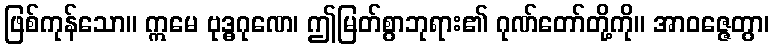
ဖြစ်ကုန်သော။ ဣမေ ဗုဒ္ဓဂုဏေ၊ ဤမြတ်စွာဘုရား၏ ဂုဏ်တော်တို့ကို။ အာဝဇ္ဇေတွာ၊